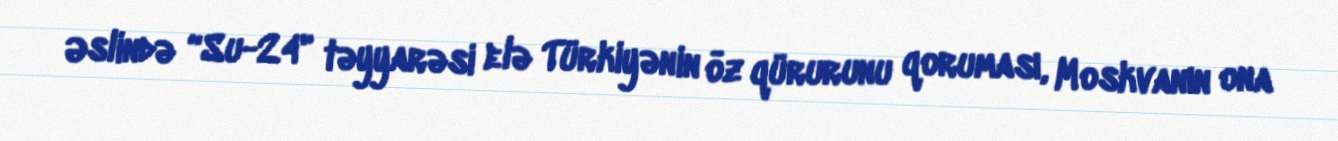
Əslində “Su-24" təyyarəsi elə Türkiyənin öz qürurunu qoruması, Moskvanın ona